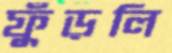
ফুঁড়লি